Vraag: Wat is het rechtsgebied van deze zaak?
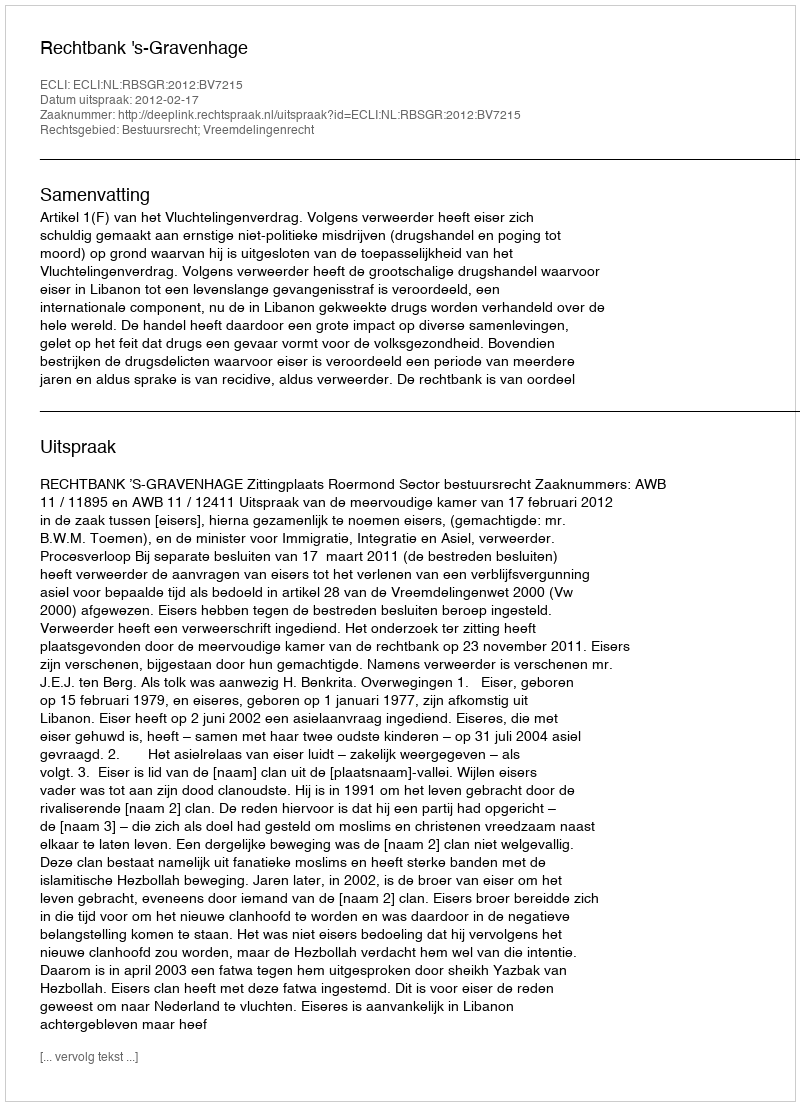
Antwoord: Bestuursrecht; Vreemdelingenrecht